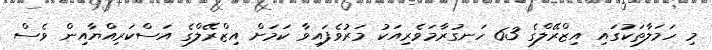
މި ހަމަލާތަކުގައި އިޒްރޭލްގެ 63 ހަނގުރާމަވެރިއަކު މަރުވެފައިވާ ކަމަށް އިޒްރޭލްގެ އަސްކަރިއްޔާއިން ވެސް